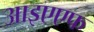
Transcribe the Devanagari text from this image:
आइएएफ